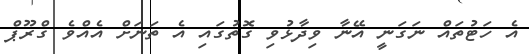
އެ ހަޓުތައް ނަގަނީ އޭނާ ވިދާޅުވި ގޮތުގައި އެ ތަނަށް އެއްވެ ގްރޫޕް